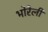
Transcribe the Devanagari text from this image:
भोरेली